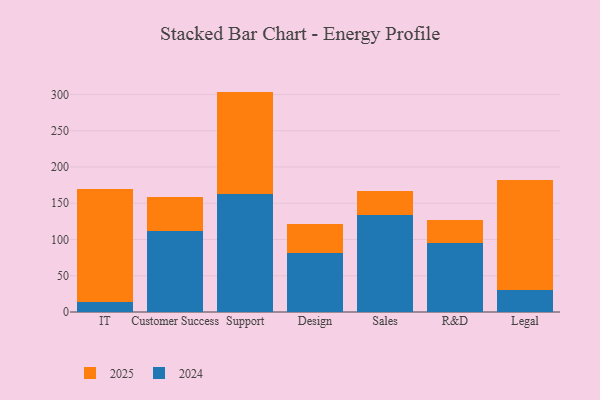
{"axis": {"x": "Department", "y": "Production Output"}, "legend": ["2024", "2025"], "data": [{"x": "IT", "y": 155.3, "type": "2025"}, {"x": "IT", "y": 14.0, "type": "2024"}, {"x": "Customer Success", "y": 45.9, "type": "2025"}, {"x": "Customer Success", "y": 112.2, "type": "2024"}, {"x": "Support", "y": 141.7, "type": "2025"}, {"x": "Support", "y": 162.3, "type": "2024"}, {"x": "Design", "y": 39.4, "type": "2025"}, {"x": "Design", "y": 81.6, "type": "2024"}, {"x": "Sales", "y": 34.2, "type": "2025"}, {"x": "Sales", "y": 133.3, "type": "2024"}, {"x": "R&D", "y": 30.8, "type": "2025"}, {"x": "R&D", "y": 95.7, "type": "2024"}, {"x": "Legal", "y": 151.5, "type": "2025"}, {"x": "Legal", "y": 30.8, "type": "2024"}]}